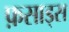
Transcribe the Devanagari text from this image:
फ़साड्स